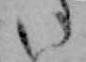
い